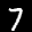
Label: 7